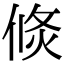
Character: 倐